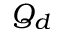
Q _ { d }